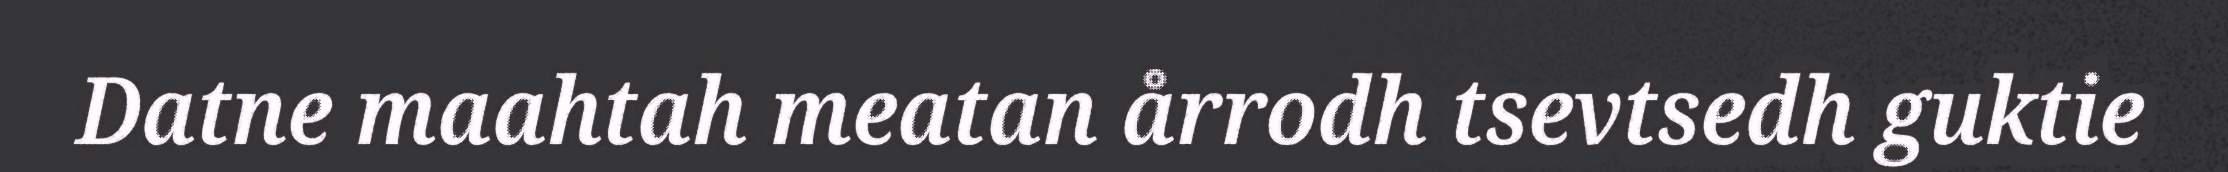
Datne maahtah meatan årrodh tsevtsedh guktie